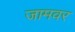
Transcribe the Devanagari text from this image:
जामवर